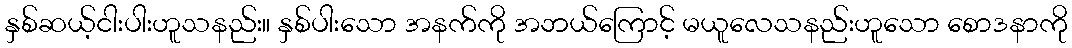
နှစ်ဆယ့်ငါးပါးဟူသနည်း။ နှစ်ပါးသော အနက်ကို အဘယ်ကြောင့် မယူလေသနည်းဟူသော စောဒနာကို